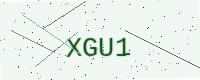
Text: XGU1